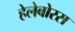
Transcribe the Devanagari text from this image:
हेलेबोरस